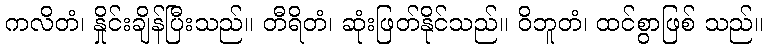
ကလိတံ၊ နှိုင်းချိန်ပြီးသည်။ တီရိတံ၊ ဆုံးဖြတ်နိုင်သည်။ ဝိဘူတံ၊ ထင်စွာဖြစ် သည်။